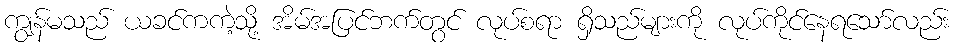
ကျွန်မသည် ယခင်ကကဲ့သို့ အိမ်အပြင်ဘက်တွင် လုပ်စရာ ရှိသည်များကို လုပ်ကိုင်နေရသော်လည်း